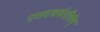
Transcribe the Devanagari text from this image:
एतदथर्वशीर्षम्‌